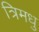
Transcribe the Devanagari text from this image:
त्रिमधु